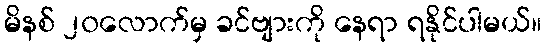
မိနစ် ၂၀လောက်မှ ခင်ဗျားကို နေရာ ရနိုင်ပါမယ်။